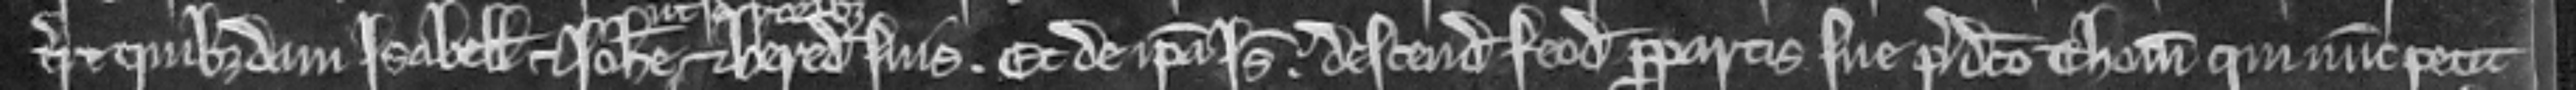
terre quibusdam Isabelle et Johanne ut sororibus et heredibus suis. Et de ipsa Isabella. descendit feodum propartis sue predicto Thome qui nunc petit